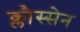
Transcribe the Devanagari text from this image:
क्लौस्सेन